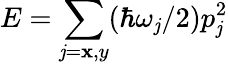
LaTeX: E=\sum_{\mathit{j}=\mathbf{x},y}(\hbar\omega_{\mathit{j}}/2)p_{\mathit{j}}^{2}